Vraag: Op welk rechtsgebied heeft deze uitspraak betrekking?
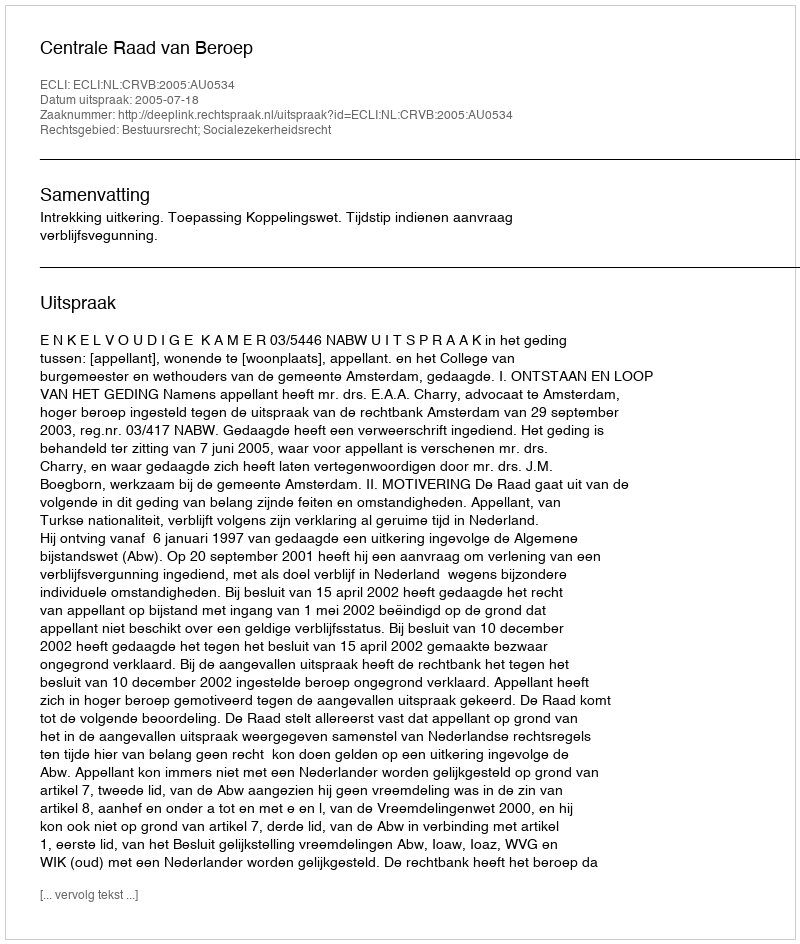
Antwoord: Bestuursrecht; Socialezekerheidsrecht